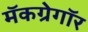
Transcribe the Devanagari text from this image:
मॅकग्रेगॉर